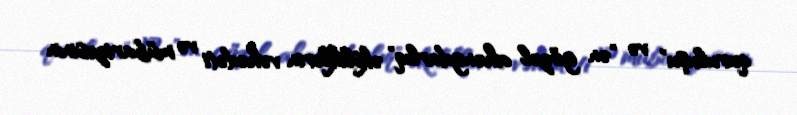
quruluşu" və "ən gözəl ahəngdarlıq" əksliklərin vəhədəti və mübarizəsinin